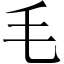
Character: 毛